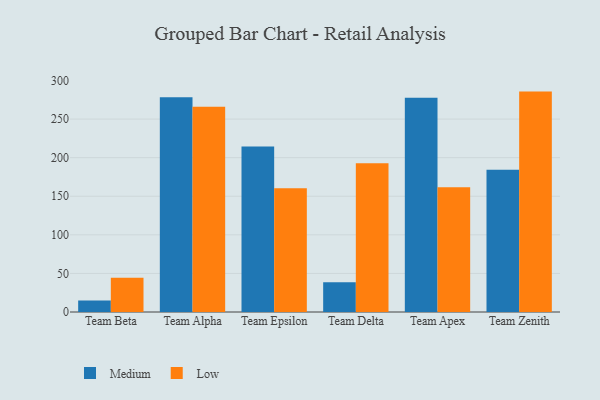
{"axis": {"x": "Team", "y": "Market Share (%)"}, "legend": ["Low", "Medium"], "data": [{"x": "Team Beta", "y": 14.9, "type": "Medium"}, {"x": "Team Beta", "y": 44.4, "type": "Low"}, {"x": "Team Alpha", "y": 278.3, "type": "Medium"}, {"x": "Team Alpha", "y": 266.0, "type": "Low"}, {"x": "Team Epsilon", "y": 214.5, "type": "Medium"}, {"x": "Team Epsilon", "y": 160.3, "type": "Low"}, {"x": "Team Delta", "y": 38.7, "type": "Medium"}, {"x": "Team Delta", "y": 192.9, "type": "Low"}, {"x": "Team Apex", "y": 277.5, "type": "Medium"}, {"x": "Team Apex", "y": 161.6, "type": "Low"}, {"x": "Team Zenith", "y": 184.3, "type": "Medium"}, {"x": "Team Zenith", "y": 285.6, "type": "Low"}]}